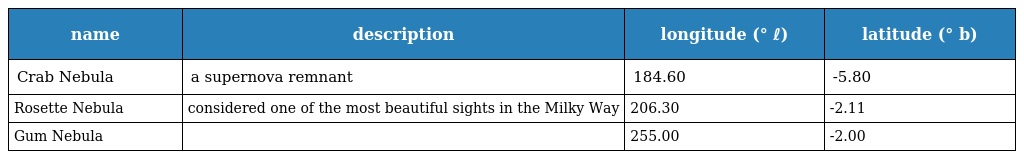
| name | description | longitude (° ℓ) | latitude (° b) |
 | --- | --- | --- | --- |
 | Crab Nebula | a supernova remnant | 184.60 | -5.80 |
 | Rosette Nebula | considered one of the most beautiful sights in the Milky Way | 206.30 | -2.11 |
 | Gum Nebula |  | 255.00 | -2.00 |